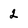
Character: 2